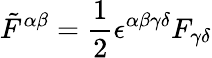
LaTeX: \tilde{F}^{\alpha\beta}=\frac{1}{2}\epsilon^{\alpha\beta\gamma\delta}F_{\gamma\delta}